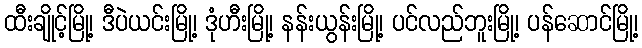
ထီးချိုင့်မြို့၊ ဒီပဲယင်းမြို့၊ ဒုံဟီးမြို့၊ နန်းယွန်းမြို့၊ ပင်လည်ဘူးမြို့၊ ပန်ဆောင်မြို့၊